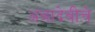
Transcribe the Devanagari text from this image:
अंबादेवीचे